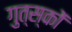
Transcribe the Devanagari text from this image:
गुत्स्‌कों